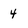
Character: 4